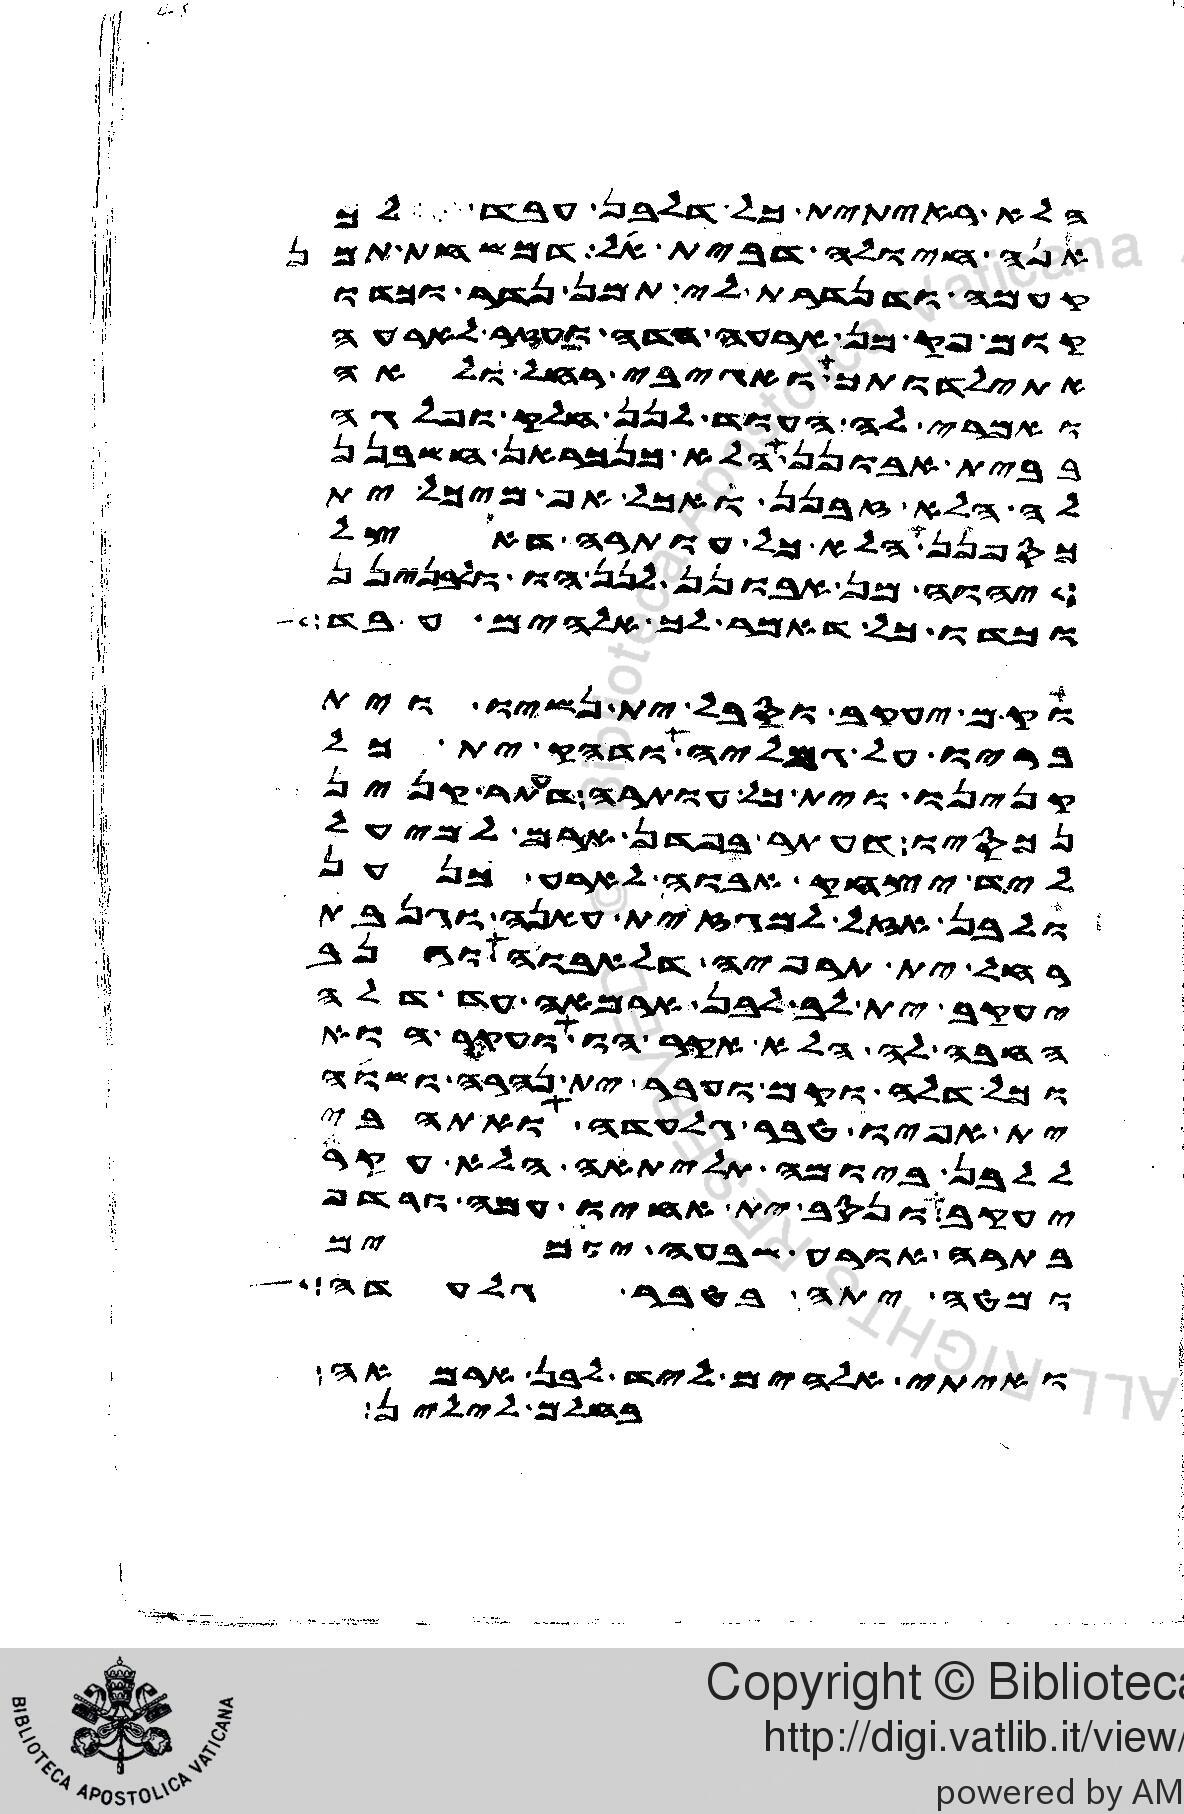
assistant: הלא ראית ית כל דלבן עבד לך
אנה חיולה דבית אל דמשחת תמן
קעמה ודנדרת לי תמן נדר וכדו
קום פק מן ארעה הדה ועזר לארעה
אתילדותך ואגיבי רחל ולאה
ואמרי לה העוד לנן חלק ופלגה
בבית אבונן הלא כנכראן חשבנן
לה הלא זבנן ואכל אף מיכל ית
כספנן הלא כל עותרה דאצל
יהוה מן אבונן לנן הו ולבנינן
וכדו כל דאמר לך אלהים עבד
וקם יעקב וסבל ית נשיו וית
בריו על גמליה ודהק ית כל
קנינו וית כל עותרה דעתר קנין
נכסיו דעתר בפדן ארם למיעל
ליד יצחק אבוה לארע כנען
ולבן אזל למגז ית עאנה וגנבת
רחל ית תרפיה דלאבוה וגנב
יעקב ית לב לבן ארמאה עד דלה
החבה לה הלא אקר הו ועקר הוא
וכל דלה וקם ועבר ית נהרה ושוה
ית אפיו טבר גלעדה ואתהבי
ללבן ביומה תליתאה הלא עקר
יעקב ונסב ית אחיו עמה ורדף
בתרה אורע שבעה יומים
ומטה יתה בטבר גלעדה
ואיתי אלהים ליד לבן ארמאה
בחלם לילין